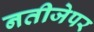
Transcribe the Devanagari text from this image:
नतीजेपर